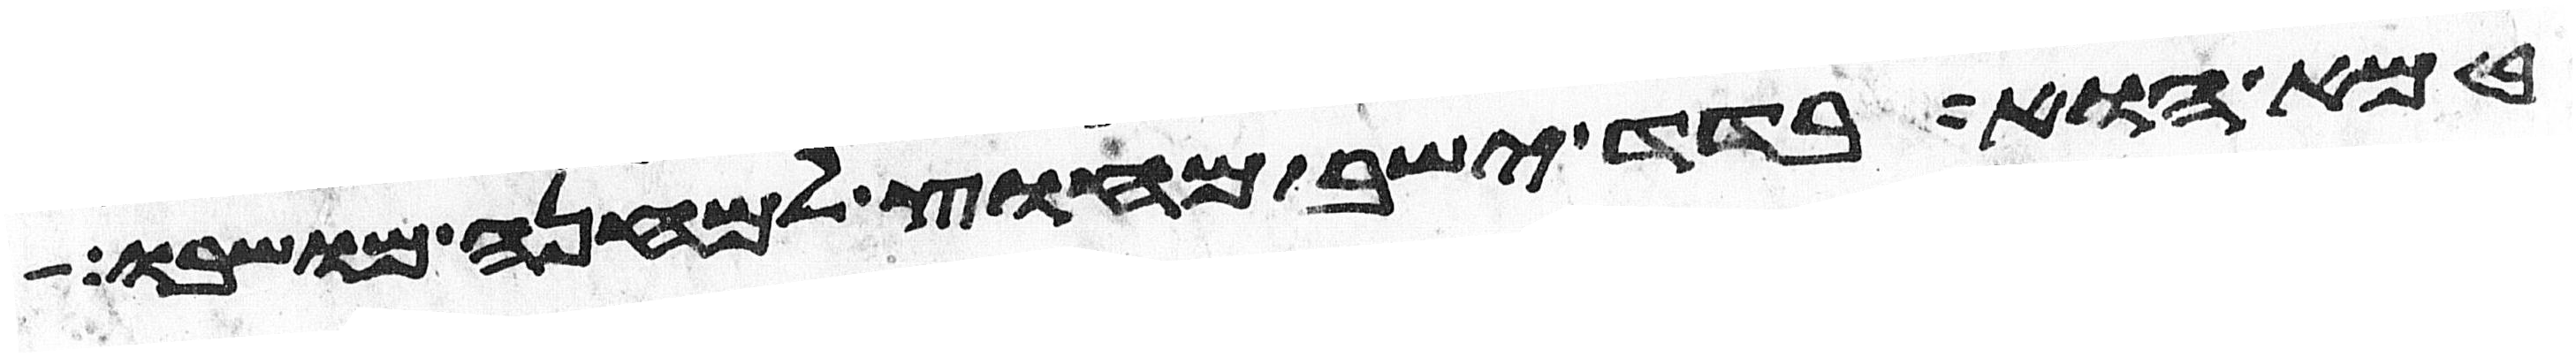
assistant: טמא הוא בדד ישב מחוץ למחנה מושבו